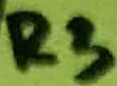
Text: R3